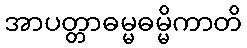
အာပတ္တာဓမ္မဓမ္မိကာတိ